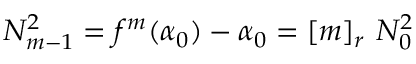
N _ { m - 1 } ^ { 2 } = f ^ { m } ( \alpha _ { 0 } ) - \alpha _ { 0 } = \left[ m \right] _ { r } \, N _ { 0 } ^ { 2 }